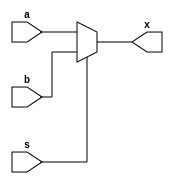
//modulo
module Multi2(a,b,s,x);

//Puertos
input a,b,s;
output reg x;	//Registro
//Funcional
//assign x=(a&~s)|(b&s);	

//Comportamental
always@(a,b,s)
begin
	if (s==0)
	begin
		x=a;
	end
	else
	begin
		x=b;
	end
end

endmodule